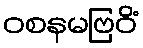
ဝစနမဗြဝိံ